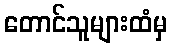
တောင်သူများထံမှ